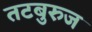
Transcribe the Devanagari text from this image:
तटबुरुज